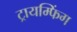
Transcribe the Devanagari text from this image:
ट्रायम्फिंग